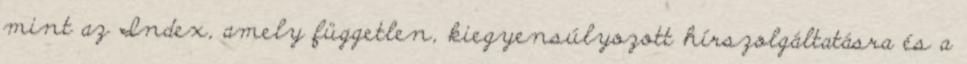
mint az Index, amely független, kiegyensúlyozott hírszolgáltatásra és a